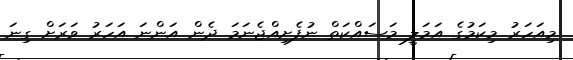
މިއަހަރު މިކަމުގެ އަމަލީ މަސައްކަތް ނުފެށިއްޖެނަމަ ދެން އަންނަ އަހަރު ވަރަށް ގިނަ